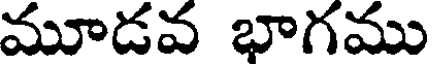
మూడవ భాగము